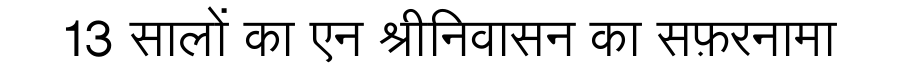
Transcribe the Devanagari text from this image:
13 सालों का एन श्रीनिवासन का सफ़रनामा